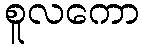
စူလကော